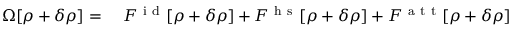
\begin{array} { r l } { \Omega [ \rho + \delta \rho ] = \ } & { { } F ^ { \mathrm { ~ i ~ d ~ } } [ \rho + \delta \rho ] + F ^ { \mathrm { ~ h ~ s ~ } } [ \rho + \delta \rho ] + F ^ { \mathrm { ~ a ~ t ~ t ~ } } [ \rho + \delta \rho ] } \end{array}